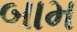
બામ